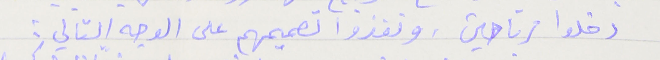
دخلوا مرتاحين، ونفذوا تصميمهم على الوجه التالي :